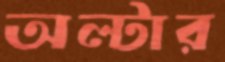
অল্টার